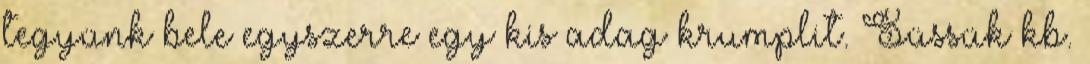
tegyünk bele egyszerre egy kis adag krumplit. Süssük kb.